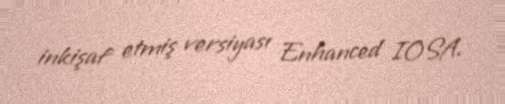
inkişaf etmiş versiyası Enhanced IOSA.